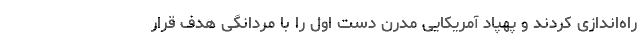
راه‌اندازی کردند و پهپاد آمریکایی مدرن دست اول را با مردانگی هدف قرار